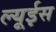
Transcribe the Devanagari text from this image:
ल्यूईस